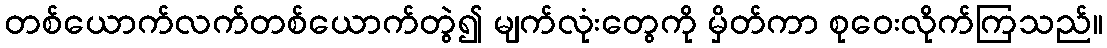
တစ်ယောက်လက်တစ်ယောက်တွဲ၍ မျက်လုံးတွေကို မှိတ်ကာ စုဝေးလိုက်ကြသည်။